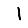
Digit: 1